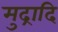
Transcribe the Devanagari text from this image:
मुद्रादि